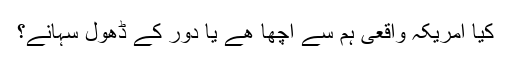
کیا امریکہ واقعی ہم سے اچھا ھے یا دور کے ڈھول سہانے؟